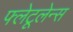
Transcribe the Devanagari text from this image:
फ्लेटूलेन्स